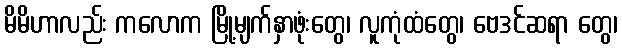
မိမိဟာလည်း ကလောက မြို့မျက်နှာဖုံးတွေ၊ လူကုံထံတွေ၊ ဗေဒင်ဆရာ တွေ၊